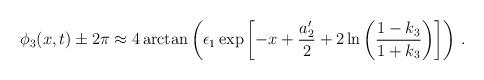
LaTeX: \begin{align*}\phi_{3}(x,t) \pm 2\pi \approx 4\arctan\left(\epsilon_{1}\exp\left[ -x+\frac{a'_{2}}{2}+2\ln\left(\frac{1-k_{3}}{1+k_{3}}\right)\right]\right)\,.\end{align*}